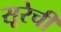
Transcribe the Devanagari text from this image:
सूरेची